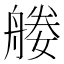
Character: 𦩩